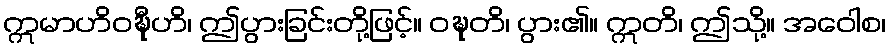
ဣမာဟိဝဍ္ဎီဟိ၊ ဤပွားခြင်းတို့ဖြင့်။ ဝဍ္ဎတိ၊ ပွား၏။ ဣတိ၊ ဤသို့။ အဝေါစ၊